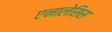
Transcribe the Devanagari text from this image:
एनालेसिस